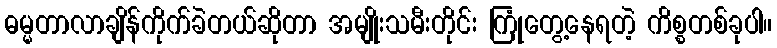
ဓမ္မတာလာချိန်ကိုက်ခဲတယ်ဆိုတာ အမျိုးသမီးတိုင်း ကြုံတွေ့နေရတဲ့ ကိစ္စတစ်ခုပါ။